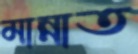
মান্নাত